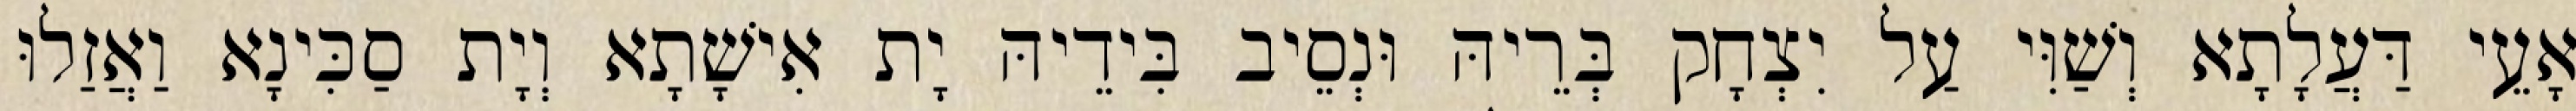
אָעֵי דַּעֲלָתָא וְשַׁוִּי עַל יִצְחָק בְּרֵיהּ וּנְסֵיב בִּידֵיהּ יָת אִישָׁתָא וְיָת סַכִּינָא וַאֲזַלוּ